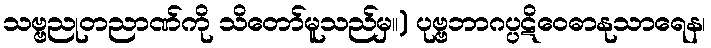
သဗ္ဗညုတညာဏ်ကို သိတော်မူသည်မှ။) ပုဗ္ဗဘာဂပ္ပဋိဝေဓာနုသာရေန၊